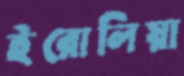
ইরোলিয়া